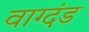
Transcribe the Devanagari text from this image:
वाग्दंड